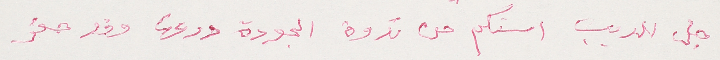
جل الديب استلم من ندوة الجودة درعها وقد حفر